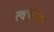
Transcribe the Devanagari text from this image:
त्‍वचेचा